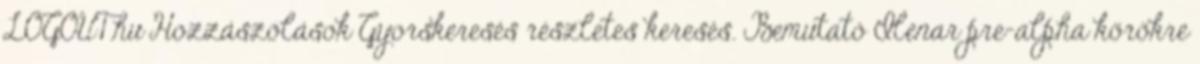
LOGOUT.hu Hozzászólások Gyorskeresés részletes keresés. Bemutató Ilenar pre-alpha körökre